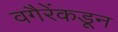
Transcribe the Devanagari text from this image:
वगैरेंकडून